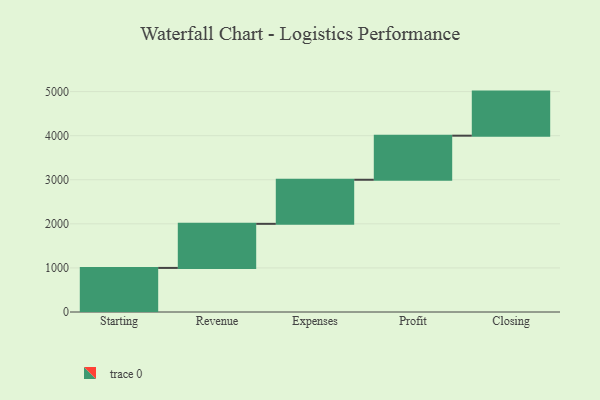
{"axis": {"x": "Step", "y": "Value"}, "legend": [""], "data": [{"x": "Starting", "y": 1000, "type": ""}, {"x": "Revenue", "y": 1000, "type": ""}, {"x": "Expenses", "y": 1000, "type": ""}, {"x": "Profit", "y": 1000, "type": ""}, {"x": "Closing", "y": 1000, "type": ""}]}